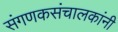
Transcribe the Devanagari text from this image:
संगणकसंचालकांनी